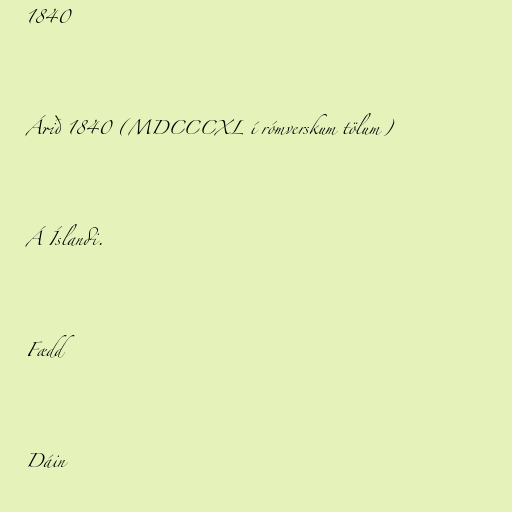
1840

Árið 1840 (MDCCCXL í rómverskum tölum)

Á Íslandi.

Fædd

Dáin